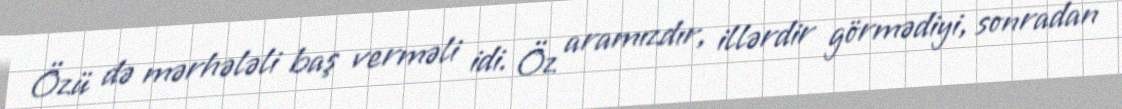
Özü də mərhələli baş verməli idi. Öz aramızdır, illərdir görmədiyi, sonradan